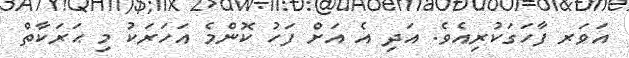
އަވަރ ފާހަގަކުރިއެވެ. އަދި އެ އަށް ފަހު ކޮންމެ އަހަރަކު މި ޙަރަކާތް